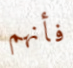
فأنهم